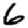
Digit: 6